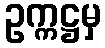
ဥက္ကဋ္ဌမှ